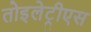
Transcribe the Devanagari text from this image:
तोइलेट्रीएस